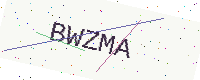
Text: BWZMA